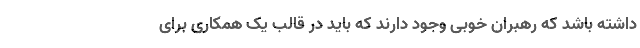
داشته باشد که رهبران خوبی وجود دارند که باید در قالب یک همکاری برای